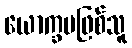
ယောက္ခမဖြစ်သူ